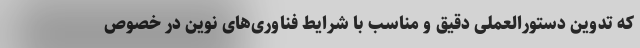
که تدوین دستورالعملی دقیق و مناسب با شرایط فناوری‌های نوین در خصوص